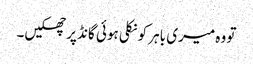
تو وہ میری باہر کو نکلی ہوئی گانڈ پر جھکیں۔